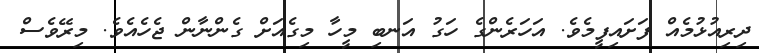
ދިރިއުޅުމެއް ފަށައިފީމެވެ. އަހަރެންގެ ހަގު އަނބި މީހާ މިގެއަށް ގެންނާން ޖެހެއެވެ. މިރޭވެސް